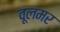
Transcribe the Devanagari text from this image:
वूलमर